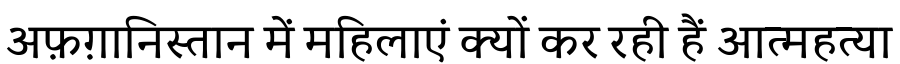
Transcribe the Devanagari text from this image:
अफ़ग़ानिस्तान में महिलाएं क्यों कर रही हैं आत्महत्या